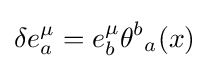
\delta e_{a}^{\mu }=e_{b}^{\mu }{\theta ^{b}}_{a}(x)